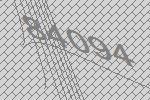
84094